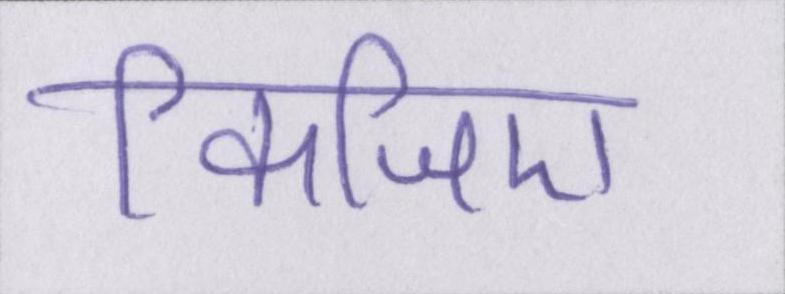
किजिए